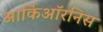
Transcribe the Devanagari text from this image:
आर्किऑरनिस